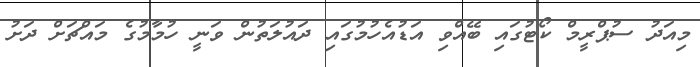
މިއަދު ސުޕްރީމް ކޯޓުގައި ބޭއްވި އަޑުއެހުމުގައި ދައުލަތުން ވަނީ ހުމާމުގެ މައްޗަށް ދަށު